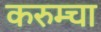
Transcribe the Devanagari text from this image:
करुम्चा